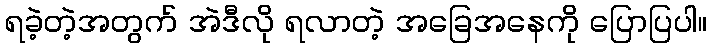
ရခဲ့တဲ့အတွက် အဲဒီလို ရလာတဲ့ အခြေအနေကို ပြောပြပါ။